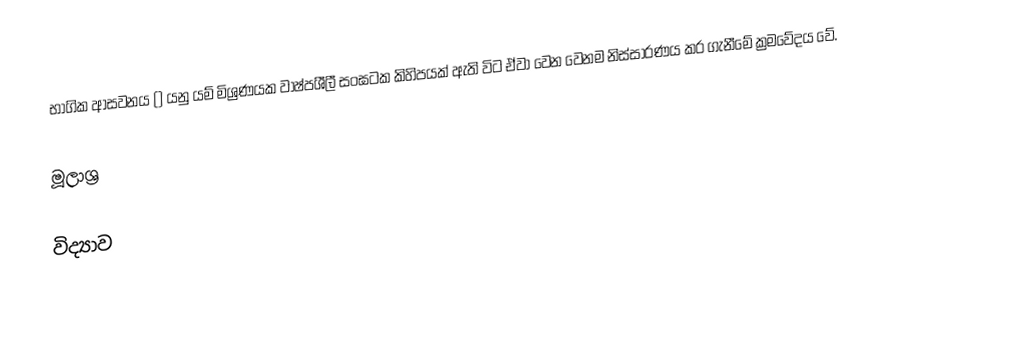
භාගික ආසවනය () යනු යම් මිශ්‍රණයක වාෂ්පශීලී සංඝටක කිහිපයක් ඇති විට ඒවා වෙන වෙනම නිස්සාරණය කර ගැනීමේ ක්‍රමවේදය වේ.

මූලාශ්‍ර

විද්‍යාව